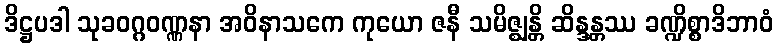
ဒိဋ္ဌပဒါ သုခဝဂ္ဂဝဏ္ဏနာ အဝိနာသကေ ကုယော ဇနီ သမိဇ္ဈန္တိ ဆိန္ဒန္တဿ ခဏ္ဍိစ္စာဒိဘာဝံ